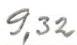
9,32